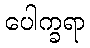
ပေါက္ခရာ